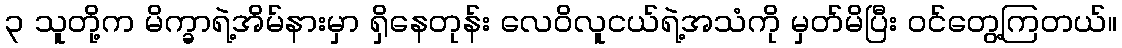
၃ သူတို့က မိက္ခာရဲ့အိမ်နားမှာ ရှိနေတုန်း လေဝိလူငယ်ရဲ့အသံကို မှတ်မိပြီး ဝင်တွေ့ကြတယ်။